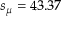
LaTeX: s _ { \mu } = 4 3 . 3 7